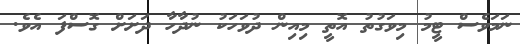
ނަމަވެސް ޓީމު މިވަގުތު އޮތީ މިއިން ދުވަހަކު ނުދާހާ ދަށަށް ގޮސްފަ އެވެ.